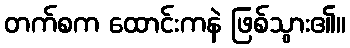
တက်စက ထောင်းကနဲ ဖြစ်သွား၏။